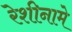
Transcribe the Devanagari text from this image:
रेशीनामे